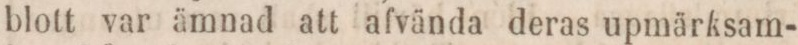
blott var ämnad att afvända deras upmärksam-